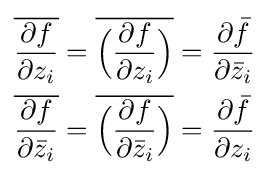
{\begin{aligned}{\overline {\frac {\partial f}{\partial z_{i}}}}&={\overline {{\Big (}{\frac {\partial f}{\partial z_{i}}}{\Big )}}}={\frac {\partial {\bar {f}}}{\partial {\bar {z}}_{i}}}\\{\overline {\frac {\partial f}{\partial {\bar {z}}_{i}}}}&={\overline {{\Big (}{\frac {\partial f}{\partial {\bar {z}}_{i}}}{\Big )}}}={\frac {\partial {\bar {f}}}{\partial z_{i}}}\end{aligned}}